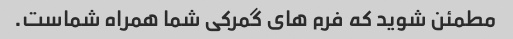
مطمئن شوید که فرم های گمرکی شما همراه شماست.